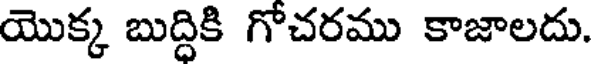
యొక్క బుద్దికి గోచరము కాజాలదు.